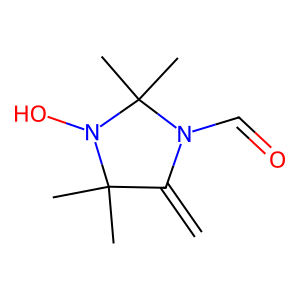
SMILES: C=C1N(C=O)C(C)(C)N(O)C1(C)C
Inhibits HIV replication: No